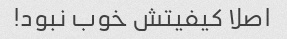
اصلا کیفیتش خوب نبود!